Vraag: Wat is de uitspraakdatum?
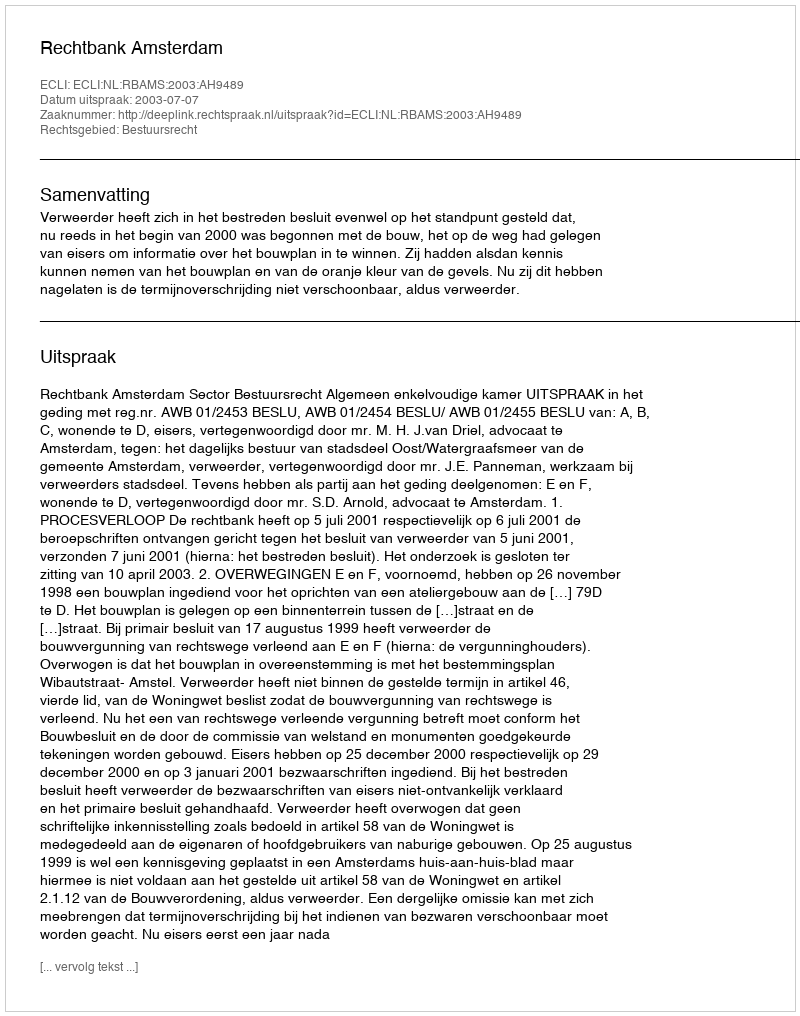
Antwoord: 2003-07-07